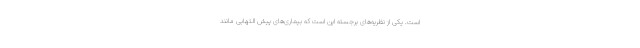
است. یکی از نظریه‌های برجسته این است که بیماری‌های پیش التهابی مانند